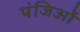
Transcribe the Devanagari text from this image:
पंजिओं